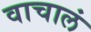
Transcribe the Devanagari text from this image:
वाचालं